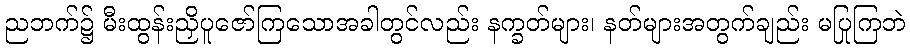
ညဘက်၌ မီးထွန်းညှိပူဇော်ကြသောအခါတွင်လည်း နက္ခတ်များ၊ နတ်များအတွက်ချည်း မပြုကြဘဲ